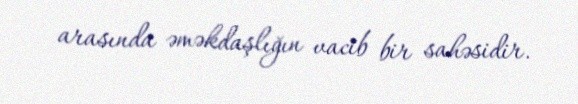
arasında əməkdaşlığın vacib bir sahəsidir.